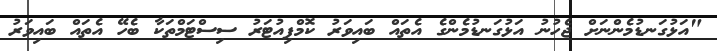
"އަޅުގަނޑުމެންނަށް ޖެހުނު އަޅުގަނޑުމެންގެ އެތައް ބައިވަރު ކޮމްޕިއުޓަރު ސިސްޓަމްތަކާ ބެހޭ އެތައް ބައިވަރު